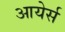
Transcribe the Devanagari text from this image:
आयेर्स